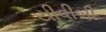
યીવીબી